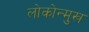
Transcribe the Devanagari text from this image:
लोकोन्मुख